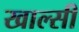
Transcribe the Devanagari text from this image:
खाल्सी